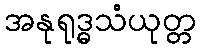
အနုရုဒ္ဓသံယုတ္တ